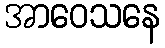
အာဝေသနေ